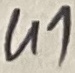
Text: U1